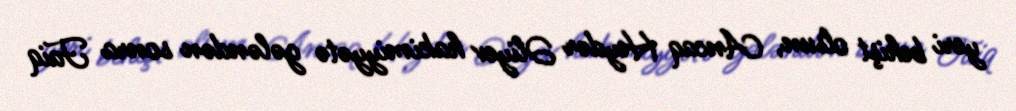
yeri behişt olsun, Ancaq Heydər Əliyev hakimiyyətə gələndən sonra Faiq